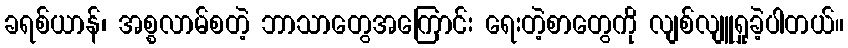
ခရစ်ယာန်၊ အစ္စလာမ်စတဲ့ ဘာသာတွေအကြောင်း ရေးတဲ့စာတွေကို လျစ်လျူရှုခဲ့ပါတယ်။